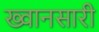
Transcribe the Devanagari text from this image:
ख्वानसारी